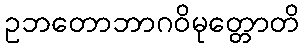
ဥဘတောဘာဂဝိမုတ္တောတိ